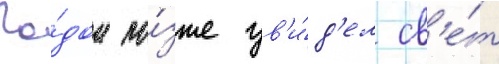
Го́дом по́зже ув'и́д'ел св'е́т